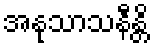
အနုသာသနီန္တိ